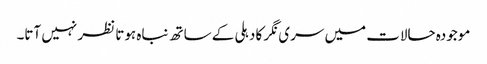
موجودہ حالات میں سری نگر کا دہلی کے ساتھ نباہ ہوتا نظر نہیں آتا۔